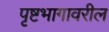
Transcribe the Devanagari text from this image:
पृष्टभागावरील